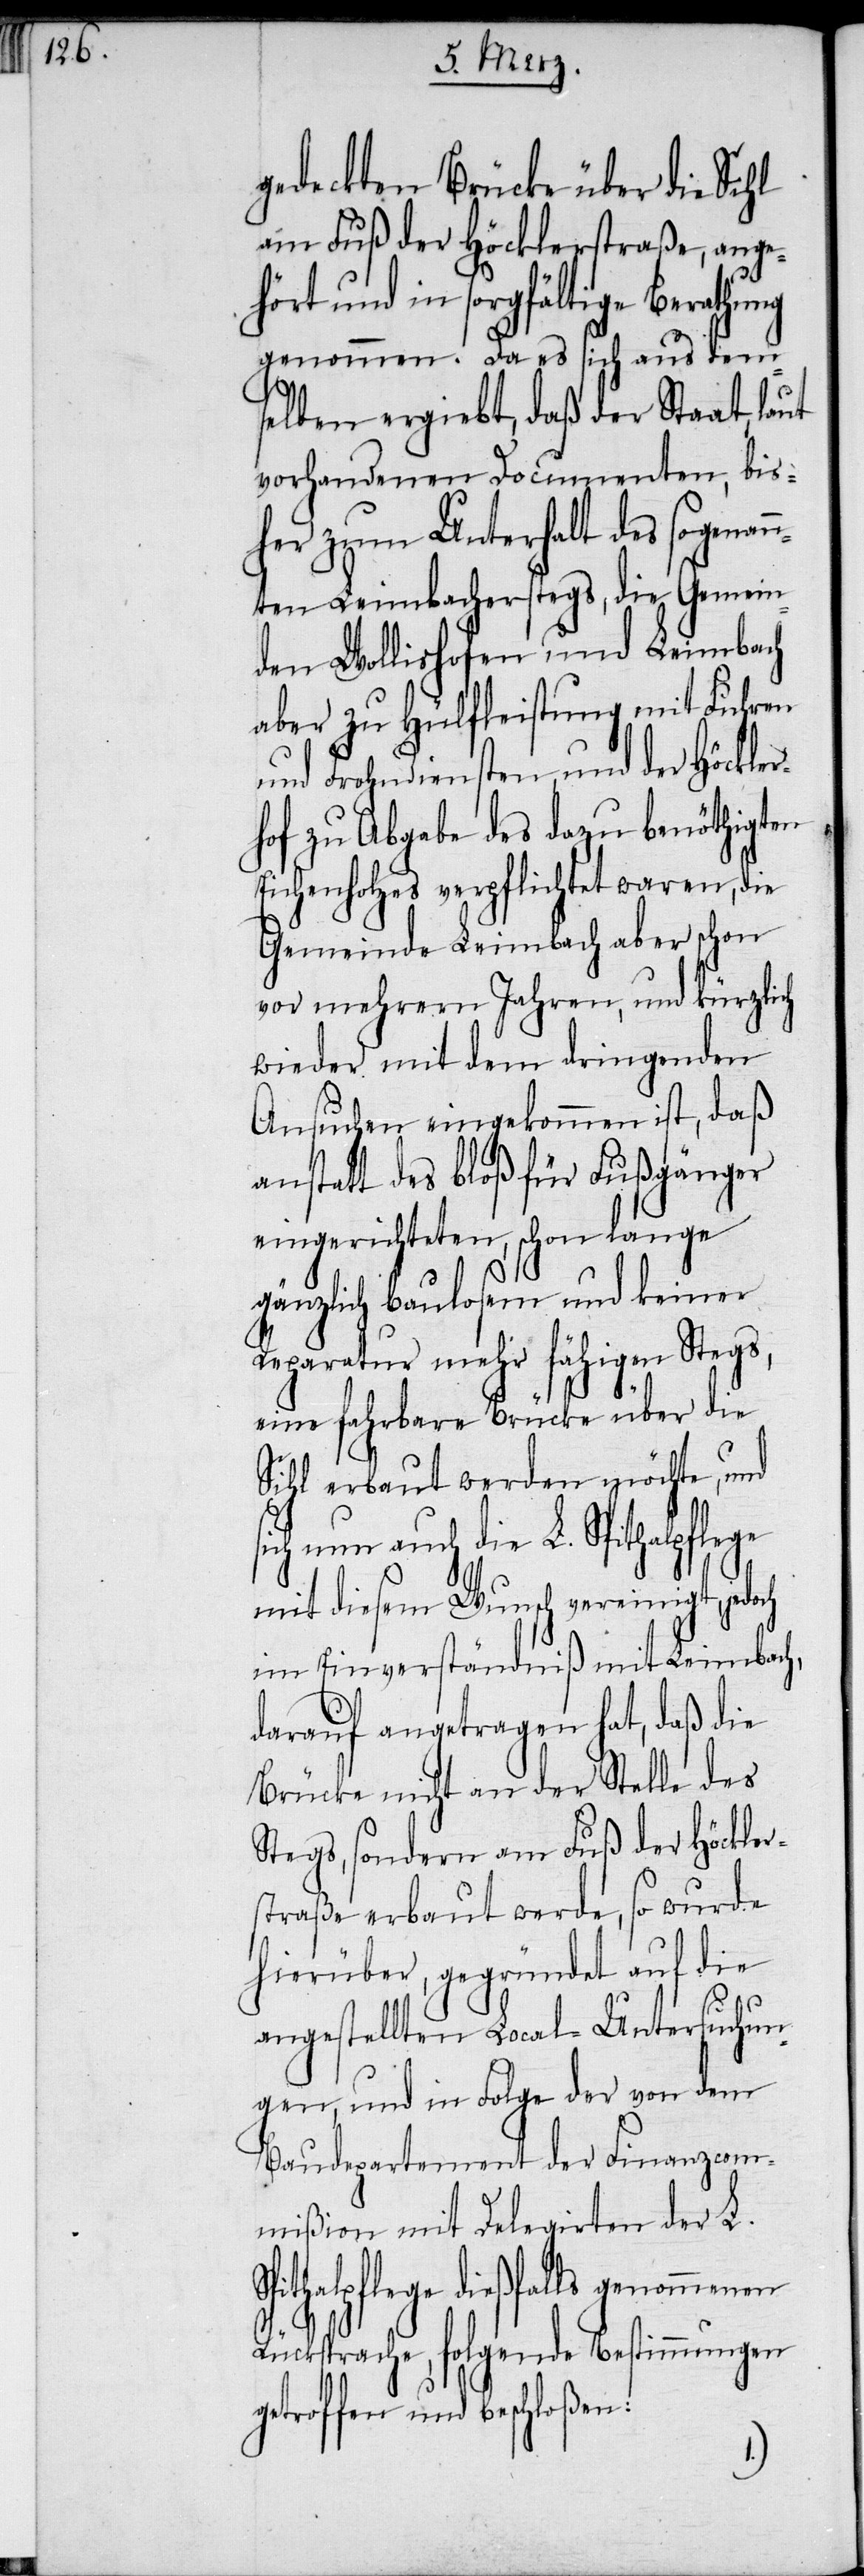
gedeckten Brücke über die Sihl
am Fuß der Höcklerstraße, ange¬
hört und in sorgfältige Berathung
genommen. Da es sich aus dem¬
selben ergiebt, daß der Staat, laut
vorhandenen Documenten, bis¬
her zum Unterhalt des sogenan¬
nten Leimbacherstegs, die Gemein¬
den Wollishofen und Leimbach
aber zu Hülfleistung mit Fuhren
und Frohndiensten, und der Höckler¬
hof zu Abgabe des dazu benöthigten
Eichenholzes verpflichtet waren, die
Gemeinde Leimbach aber schon
vor mehrern Jahren, und kürzlich
wieder mit dem dringenden
Ansuchen eingekommen ist, daß
anstatt des bloß für Fußgänger
eingerichteten, schon lange
gänzlich baulosem und keiner
Reparatur mehr fähigen Stegs,
eine fahrbare Brücke über die
Sihl erbaut werden möchte, und
sich nun auch die L. Spithalpflege
mit diesem Wunsch vereinigt, jedoch
im Einverständniß mit Leimbach,
darauf angetragen hat, daß die
Brücke nicht an der Stelle des
Stegs, sondern am Fuß der Höckler¬
straße erbaut werde, so wurde
hierüber, gegründet auf die
angestellten Local-Untersuchun¬
gen, und in Folge der von dem
Baudepartement der Finanzcom¬
mißion mit Delegirten der L.
dießfalls genommenen
Rücksprache, folgende Bestimmungen
getroffen und beschloßen: